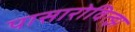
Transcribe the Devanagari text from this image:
पासारोवित्झ